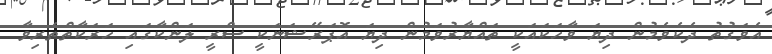
އެވަގުތު ދެކެވެމުން ދިޔަ ވާހަކައަކީ ތައްޔާރުވަމުން ދިޔަ އޮޕަރޭޝަނަކީ ސްރީ ލަންކާގައި ހަރަކާތްތެރިވާ